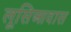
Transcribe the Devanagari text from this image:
लूसिआदास